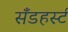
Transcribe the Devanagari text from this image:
सॅँडहर्स्ट